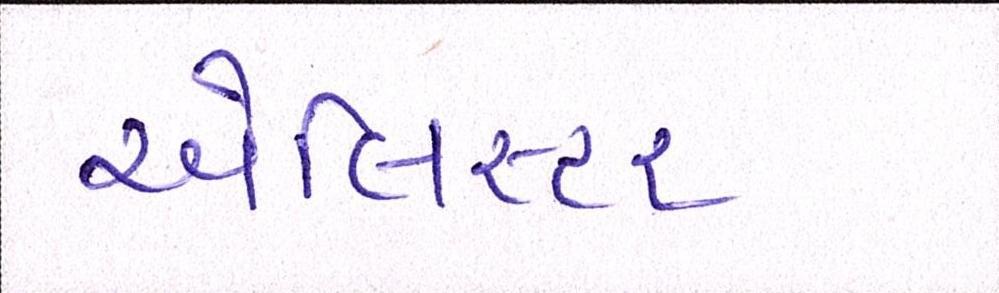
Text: એલિસ્ટર